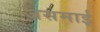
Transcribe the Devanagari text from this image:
जसमाई